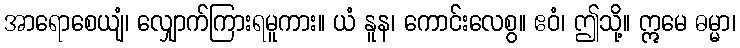
အာရောစေယျံ၊ လျှောက်ကြားရမူကား။ ယံ နူန၊ ကောင်းလေစွ။ ဧဝံ၊ ဤသို့။ ဣမေ ဓမ္မာ၊